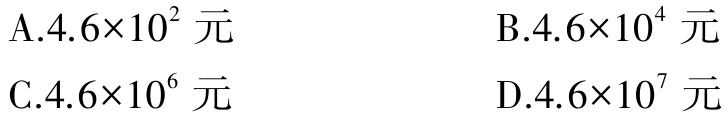
A.$4.6\times10^{2}$ 元
B.$4.6\times10^{4}$ 元
C.$4.6\times10^{6}$ 元
D.$4.6\times10^{7}$ 元